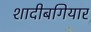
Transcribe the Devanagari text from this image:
शादीबगियार